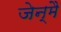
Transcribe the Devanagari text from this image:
जेन्मै